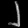
Digit: ၂